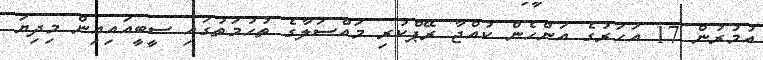
އުމުރުން 17 އަހަރުގެ އަންހެން ކުއްޖާ ރޭޕްކުރި މައްސަލާގެ ތުހުމަތުގައި ސީބީއައިއިން މިދިޔަ